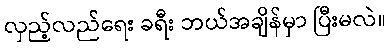
လှည့်လည်ရေး ခရီး ဘယ်အချိန်မှာ ပြီးမလဲ။